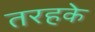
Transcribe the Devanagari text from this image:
तरहके